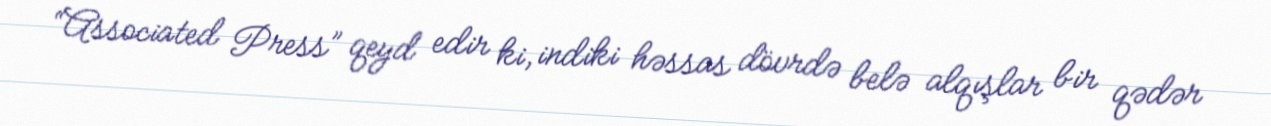
“Associated Press” qeyd edir ki, indiki həssas dövrdə belə alqışlar bir qədər